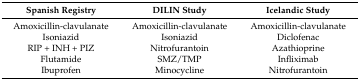
<table><thead><tr><td><b>Spanish Registry</b></td><td><b>DILIN Study</b></td><td><b>Icelandic Study</b></td></tr></thead><tbody><tr><td>Amoxicillin-clavulanate</td><td>Amoxicillin-clavulanate</td><td>Amoxicillin-clavulanate</td></tr><tr><td>Isoniazid</td><td>Isoniazid</td><td>Diclofenac</td></tr><tr><td>RIP + INH + PIZ</td><td>Nitrofurantoin</td><td>Azathioprine</td></tr><tr><td>Flutamide</td><td>SMZ/TMP</td><td>Infliximab</td></tr><tr><td>Ibuprofen</td><td>Minocycline</td><td>Nitrofurantoin</td></tr></tbody></table>